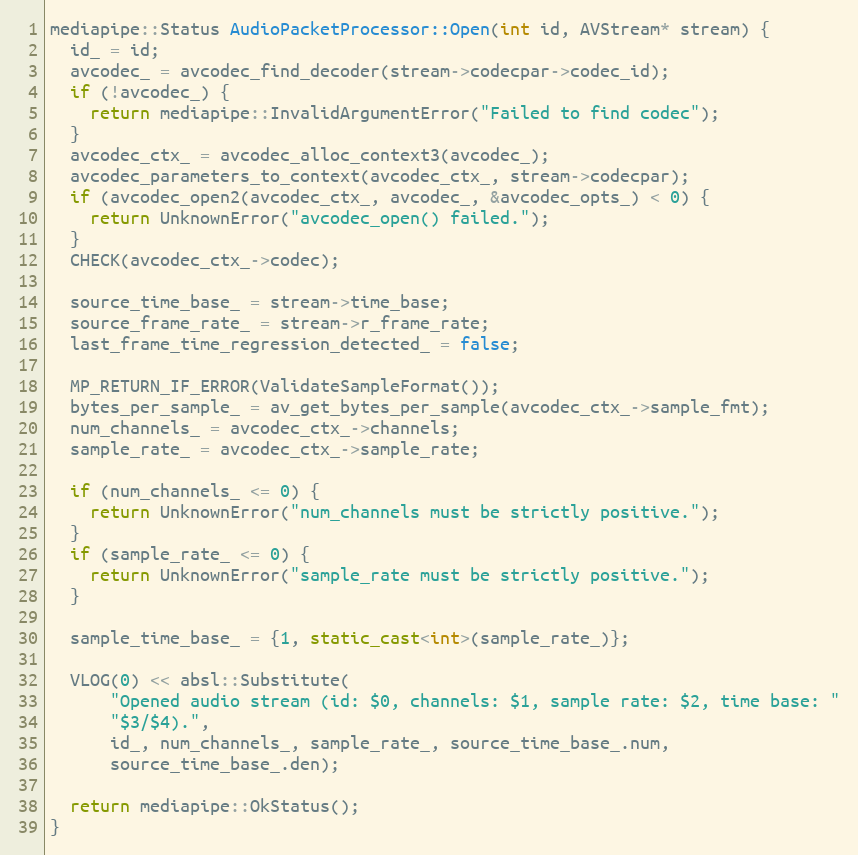
Language: C++
mediapipe::Status AudioPacketProcessor::Open(int id, AVStream* stream) {
  id_ = id;
  avcodec_ = avcodec_find_decoder(stream->codecpar->codec_id);
  if (!avcodec_) {
    return mediapipe::InvalidArgumentError("Failed to find codec");
  }
  avcodec_ctx_ = avcodec_alloc_context3(avcodec_);
  avcodec_parameters_to_context(avcodec_ctx_, stream->codecpar);
  if (avcodec_open2(avcodec_ctx_, avcodec_, &avcodec_opts_) < 0) {
    return UnknownError("avcodec_open() failed.");
  }
  CHECK(avcodec_ctx_->codec);

  source_time_base_ = stream->time_base;
  source_frame_rate_ = stream->r_frame_rate;
  last_frame_time_regression_detected_ = false;

  MP_RETURN_IF_ERROR(ValidateSampleFormat());
  bytes_per_sample_ = av_get_bytes_per_sample(avcodec_ctx_->sample_fmt);
  num_channels_ = avcodec_ctx_->channels;
  sample_rate_ = avcodec_ctx_->sample_rate;

  if (num_channels_ <= 0) {
    return UnknownError("num_channels must be strictly positive.");
  }
  if (sample_rate_ <= 0) {
    return UnknownError("sample_rate must be strictly positive.");
  }

  sample_time_base_ = {1, static_cast<int>(sample_rate_)};

  VLOG(0) << absl::Substitute(
      "Opened audio stream (id: $0, channels: $1, sample rate: $2, time base: "
      "$3/$4).",
      id_, num_channels_, sample_rate_, source_time_base_.num,
      source_time_base_.den);

  return mediapipe::OkStatus();
}